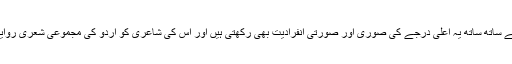
اس لیے معنوی ندرت کے ساتھ ساتھ یہ اعلیٰ درجے کی صوری اور صورتی انفرادیت بھی رکھتی ہیں اور اس کی شاعری کو اردو کی مجموعی شعری روایت سے مختلف بناتی ہیں۔